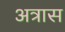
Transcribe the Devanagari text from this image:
अत्रास